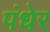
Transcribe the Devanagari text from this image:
पंधेर